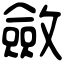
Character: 斂